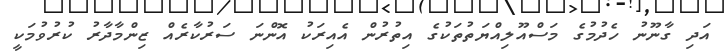
އަދި ގާނޫނު ހެދުމުގެ މަސްއޫލިއްޔަތުތަކުގެ އިތުރުން އެއިރަކު އޮންނަ ސަރުކާރެއް ޒިންމާދާރު ކުރުވުމަކީ